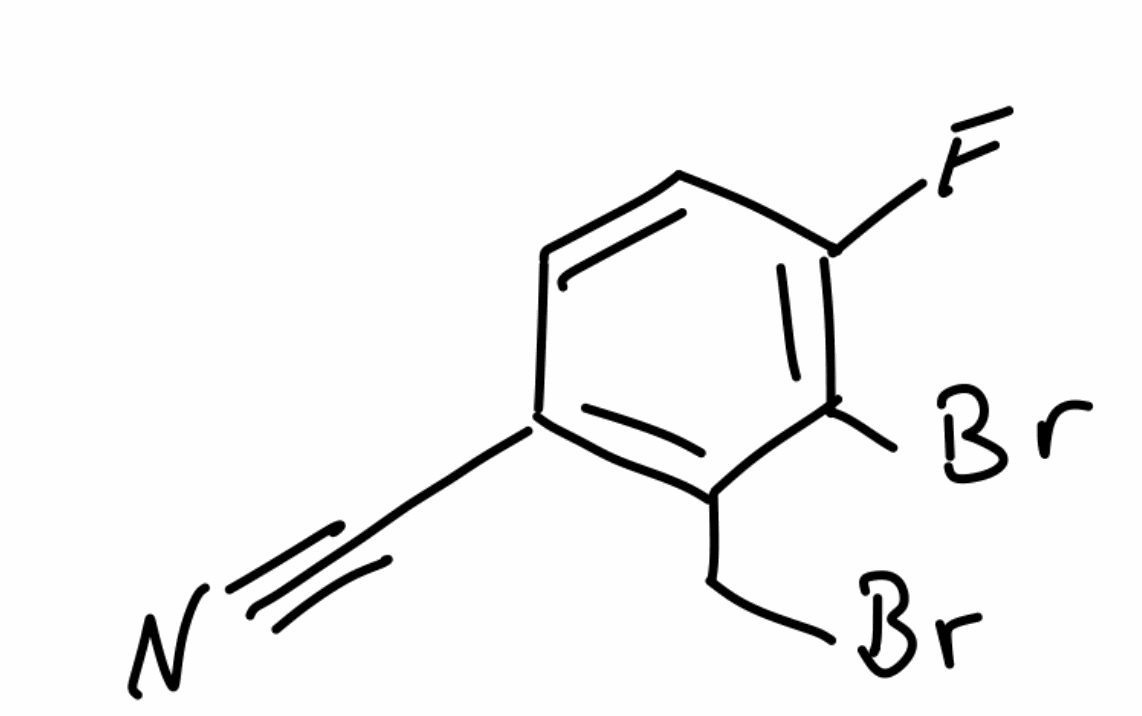
Simplified molecular-input line-entry system (SMILES) notation of the given molecule:
C1=CC(=C(C(=C1C#N)CBr)Br)F